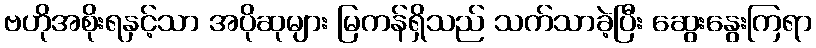
ဗဟိုအစိုးရနှင့်သာ အပိုဆုများ မြကန်ရှိသည် သက်သာခဲ့ပြီး ဆွေးနွေးကြရာ